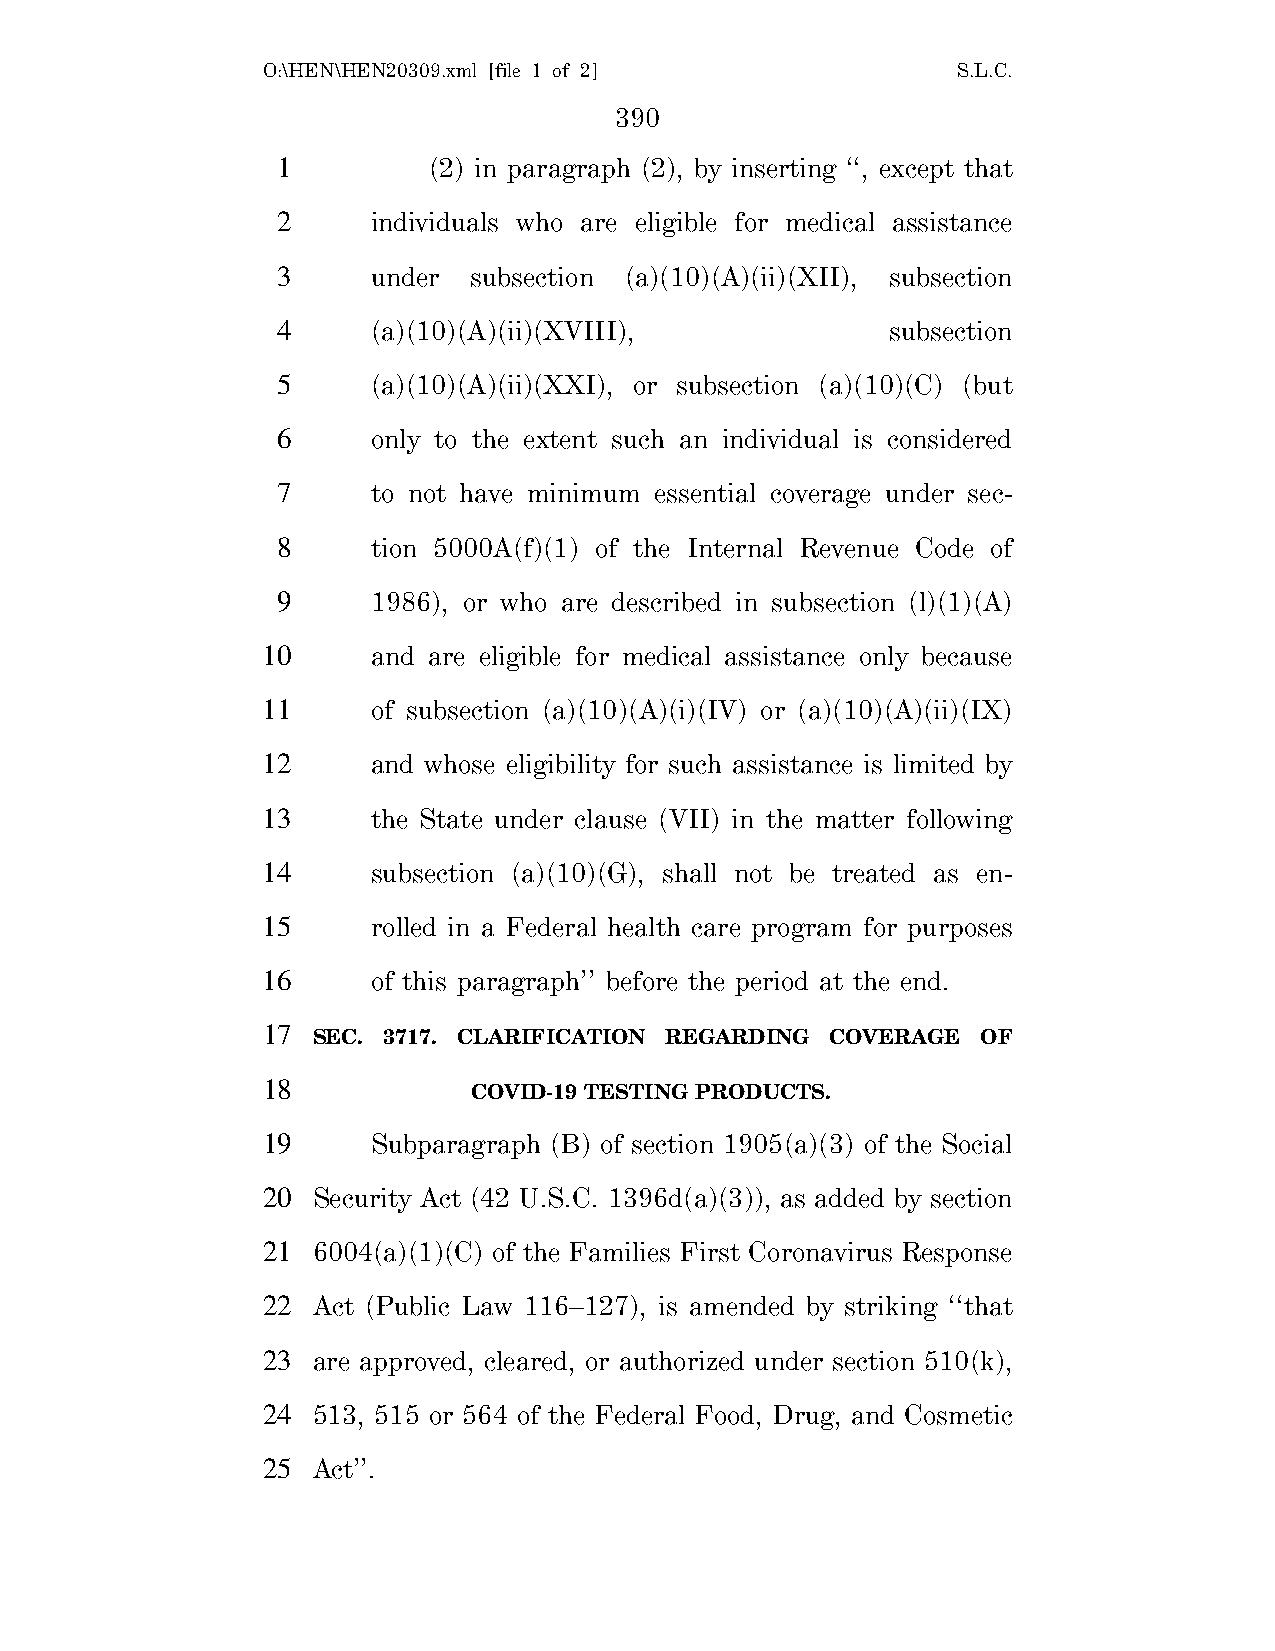
O:\HEN\HEN20309.xml [file 1 of 2]             S.L.C.
 390
 1         (2) in paragraph (2), by inserting ‘‘, except that
 2      individuals who are eligible for medical assistance
 3      under subsection (a)(10)(A)(ii)(XII), subsection
 4      (a)(10)(A)(ii)(XVIII),            subsection
 5      (a)(10)(A)(ii)(XXI), or subsection (a)(10)(C) (but
 6      only to the extent such an individual is considered
 7      to not have minimum essential coverage under sec-
 8      tion 5000A(f)(1) of the Internal Revenue Code of
 9      1986), or who are described in subsection (l)(1)(A)
 10      and are eligible for medical assistance only because
 11      of subsection (a)(10)(A)(i)(IV) or (a)(10)(A)(ii)(IX)
 12      and whose eligibility for such assistance is limited by
 13      the State under clause (VII) in the matter following
 14      subsection (a)(10)(G), shall not be treated as en-
 15      rolled in a Federal health care program for purposes
 16      of this paragraph’’ before the period at the end.
 17
 SEC. 3717. CLARIFICATION REGARDING COVERAGE OF
 18
 COVID-19 TESTING PRODUCTS.
 19      Subparagraph (B) of section 1905(a)(3) of the Social
 20  Security Act (42 U.S.C. 1396d(a)(3)), as added by section
 21  6004(a)(1)(C) of the Families First Coronavirus Response
 22  Act (Public Law 116–127), is amended by striking ‘‘that
 23  are approved, cleared, or authorized under section 510(k),
 24  513, 515 or 564 of the Federal Food, Drug, and Cosmetic
 25  Act’’.